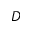
D